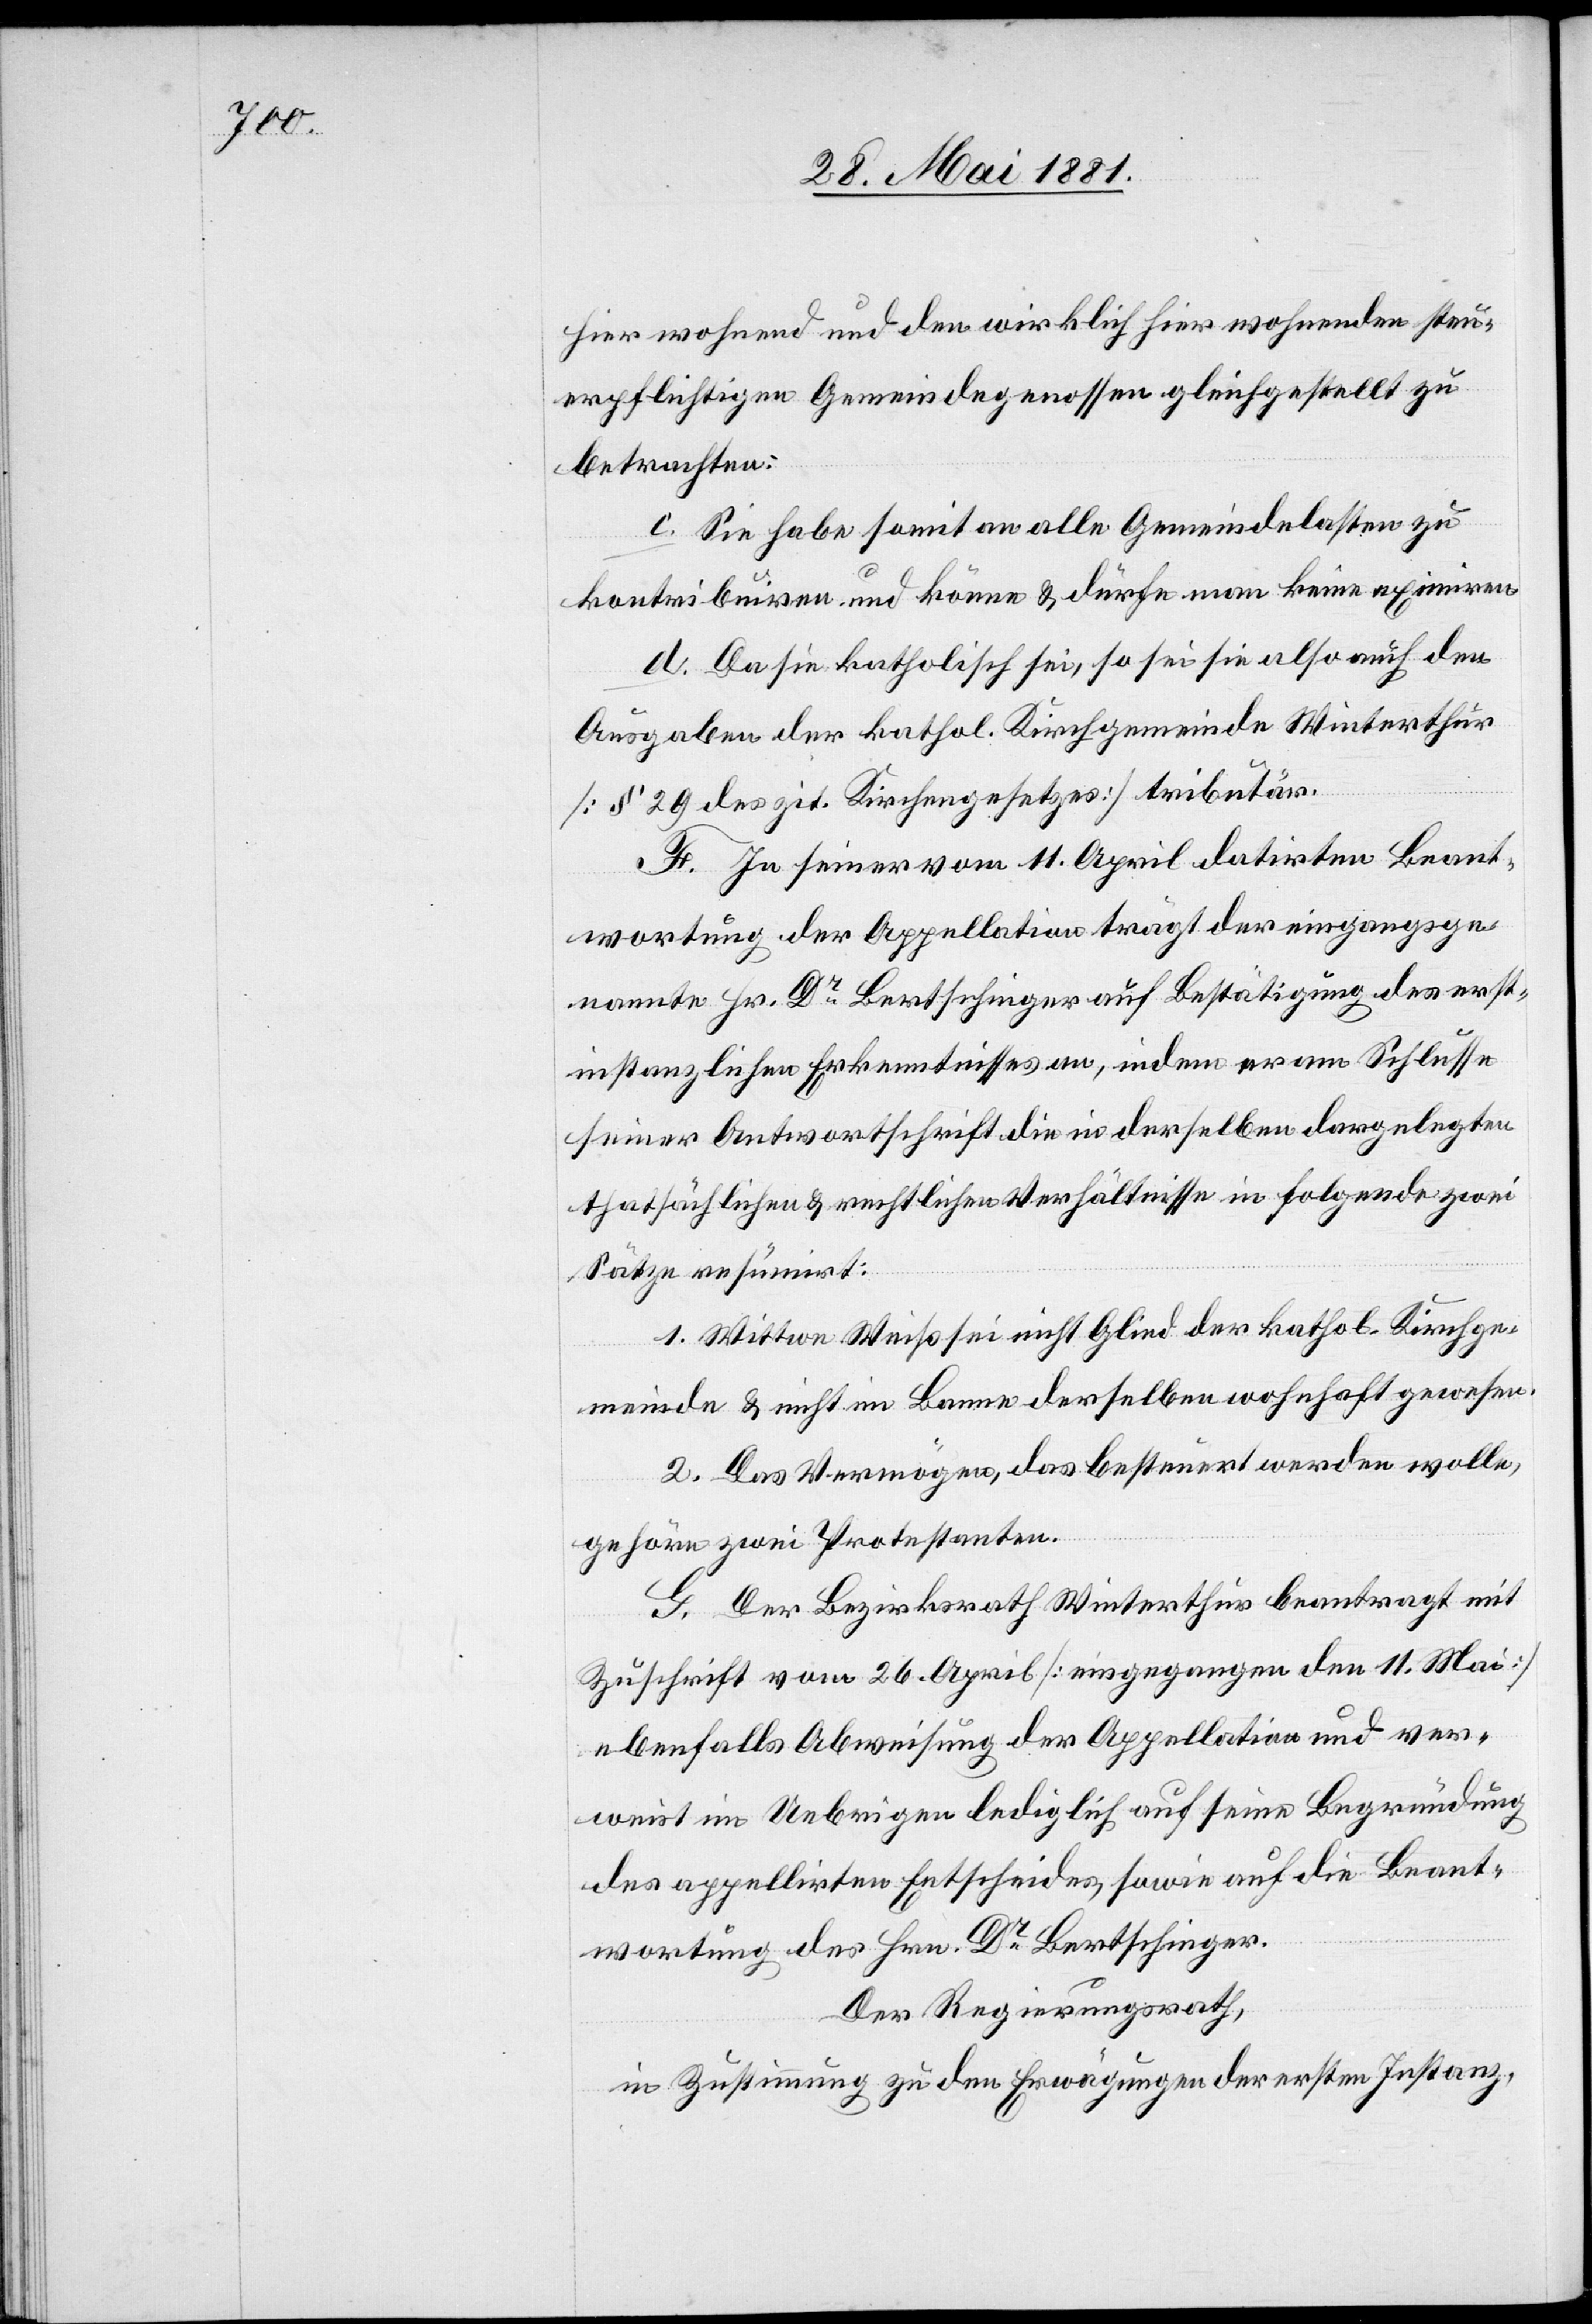
hier wohnend und den wirklich hier wohnenden steu¬
erpflichtigen Gemeindegenossen gleichgestellt zu
betrachten.
c. Sie habe somit an alle Gemeindelasten zu
kontribuiren und könne & dürfe man keine eximiren.
d. Da sie katholisch sei, so sei sie also auch den
Ausgaben der kathol. Kirchgemeinde Winterthur
[§ 29 des zit. Kirchengesetzes] tributär.
F. In seiner vom 11. April datirten Beant¬
wortung der Appellation trägt der eingangsge¬
nannte Hr. Dr Bertschinger auf Bestätigung des erst¬
instanzlichen Erkenntnisses an, indem er am Schlusse
seiner Antwortschrift die in derselben dargelegten
thatsächlichen & rechtlichen Verhältnisse in folgende zwei
Sätze resümirt:
1. Wittwe Weiß sei nicht Glied der kathol. Kirchge¬
meinde & nicht im Banne derselben wohnhaft gewesen.
2. Das Vermögen, das besteuert werden wolle,
gehöre zwei Protestanten.
G. Der Bezirksrath Winterthur beantragt mit
Zuschrift vom 26. April [eingegangen den 11. Mai]
ebenfalls Abweisung der Appellation und ver¬
weist im Uebrigen lediglich auf seine Begründung
des appellirten Entscheides, sowie auf die Beant¬
wortung des Hrn. Dr Bertschinger.
Der Regierungsrath,
in Zustimmung zu den Erwägungen der erstern Instanz,